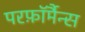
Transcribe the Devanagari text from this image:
परफ़ॉर्मैन्स